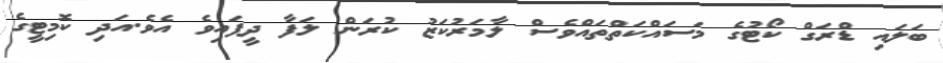
ބަލައި ޑްރަގް ކޯޓުގެ މަސައްކަތްތައްވެސް ލާމަރުކަޒު ކުރަން ލަފާ ދީފައިވެ އެވެ.އަދި ކޮމިޓީގެ